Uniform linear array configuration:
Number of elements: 8
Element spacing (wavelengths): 0.5
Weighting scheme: blackman
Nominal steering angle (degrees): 30
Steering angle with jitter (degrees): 28.906
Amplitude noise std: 0.05
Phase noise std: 0.05

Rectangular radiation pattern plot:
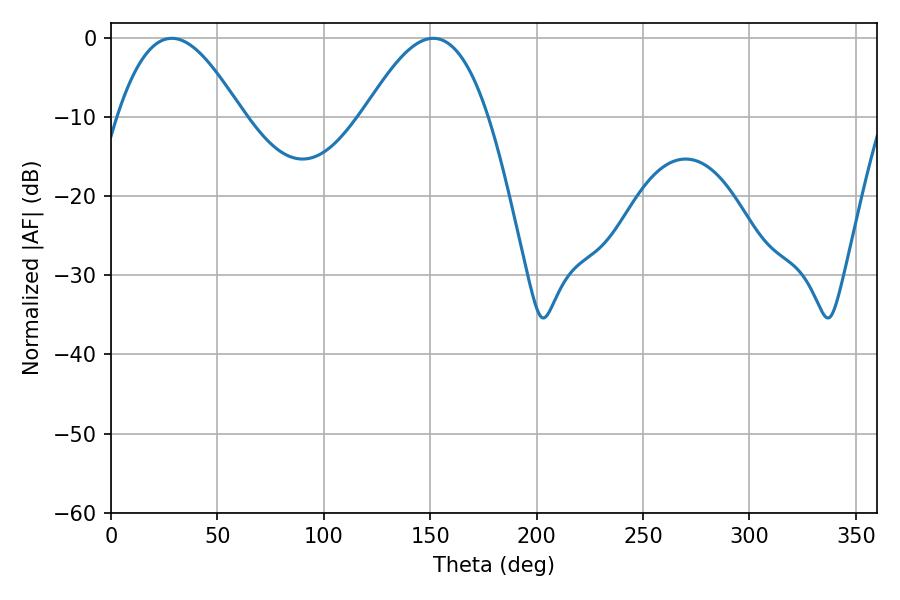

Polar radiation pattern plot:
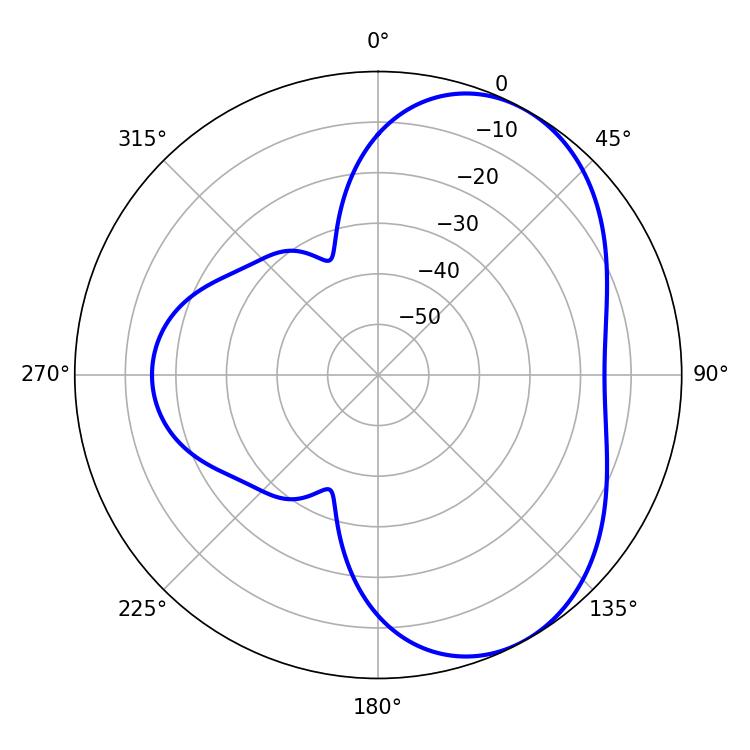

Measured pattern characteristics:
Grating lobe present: FALSE
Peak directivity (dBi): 5.16
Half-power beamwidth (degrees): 31.68
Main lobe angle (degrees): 28.62